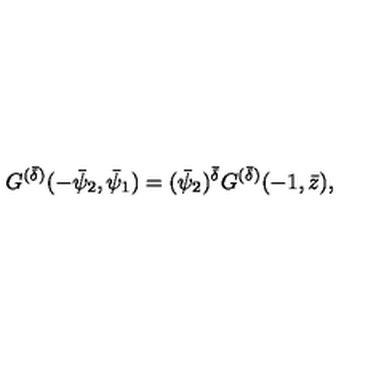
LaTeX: G ^ { ( \bar { \delta } ) } ( - \bar { \psi } _ { 2 } , \bar { \psi } _ { 1 } ) = ( \bar { \psi } _ { 2 } ) ^ { \bar { \delta } } G ^ { ( \bar { \delta } ) } ( - 1 , \bar { z } ) ,